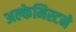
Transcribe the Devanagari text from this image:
अल्केमिस्टने